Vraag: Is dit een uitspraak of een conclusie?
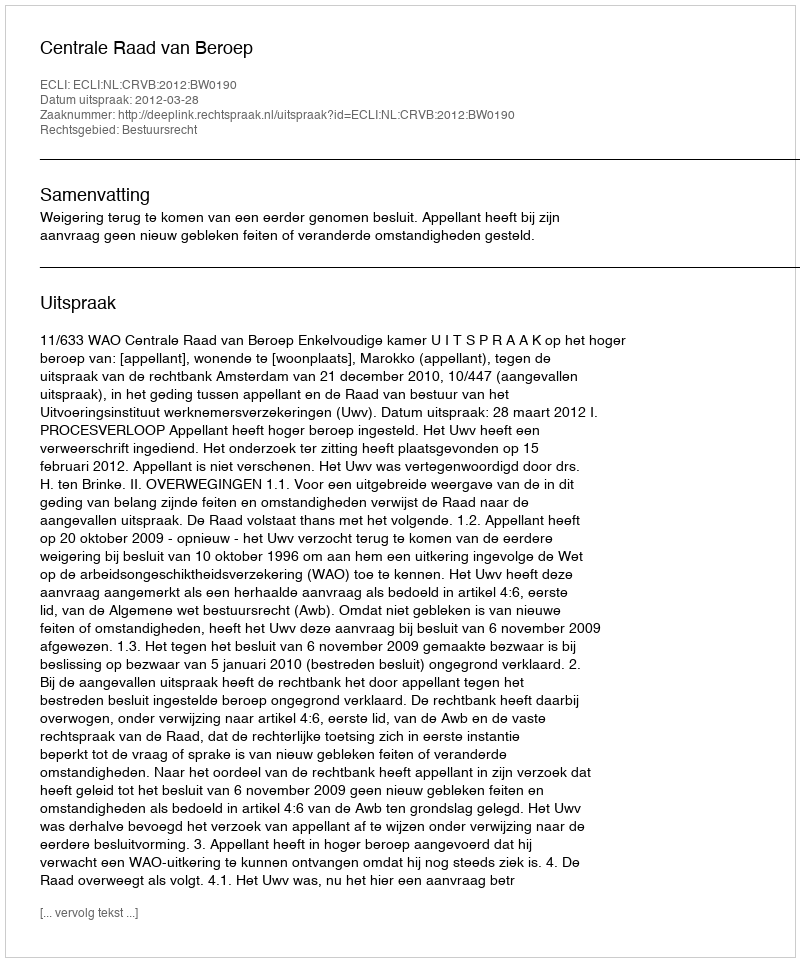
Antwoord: Uitspraak